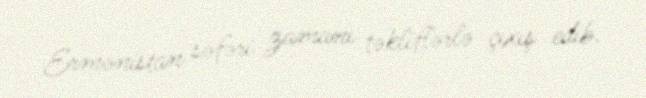
Ermənistan səfəri zamanı təkliflərlə çıxış edib.